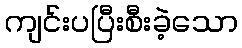
ကျင်းပပြီးစီးခဲ့သော